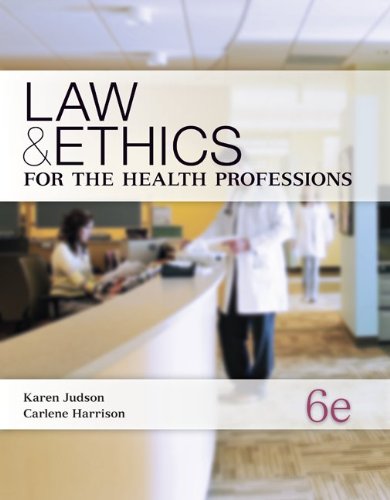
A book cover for Law & Ethics for the Health Professions; Karen Judson; Medical Books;